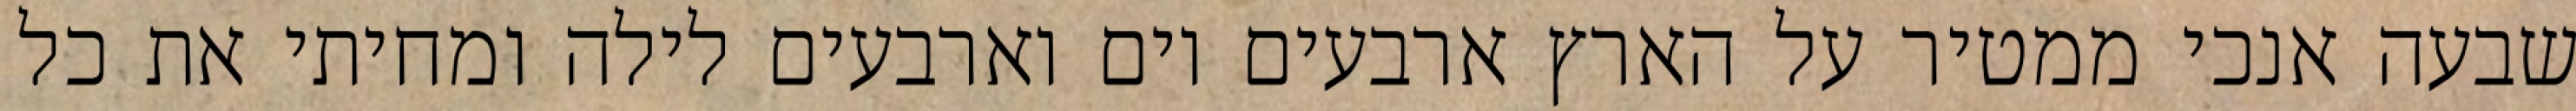
שבעה אנכי ממטיר על הארץ ארבעים יום וארבעים לילה ומחיתי את כל